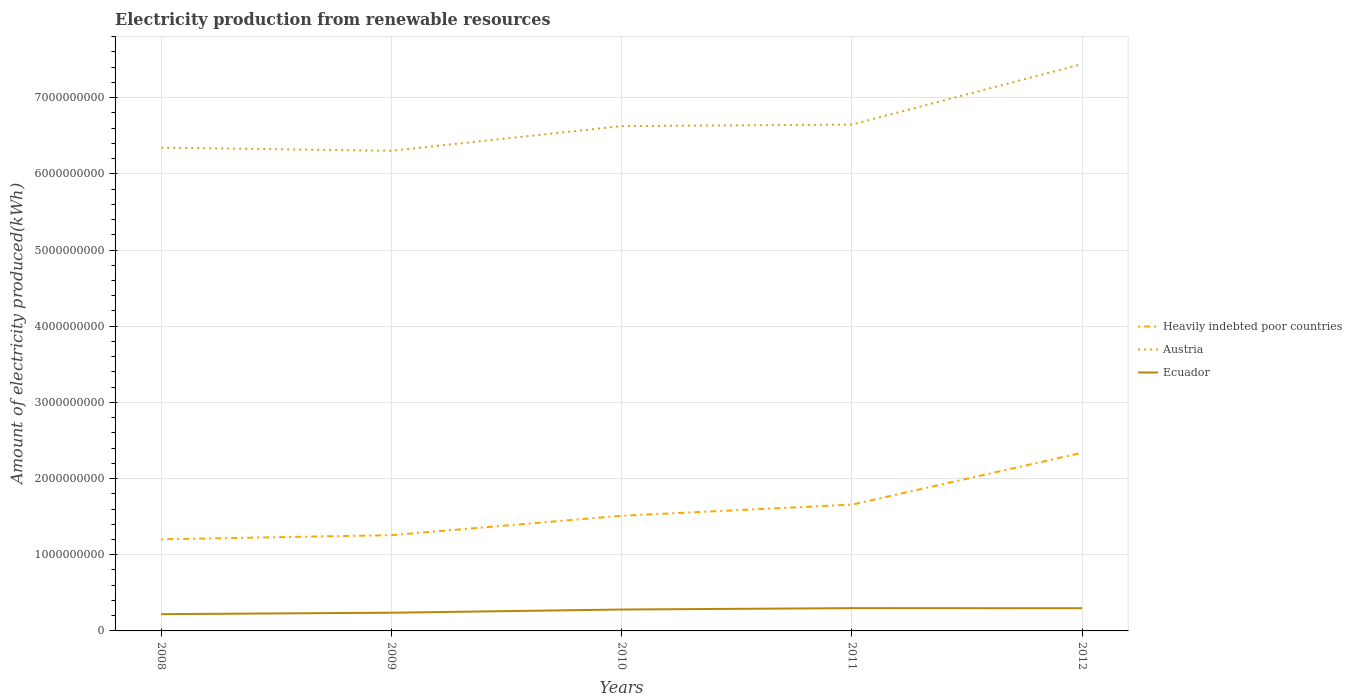
| Years | Heavily indebted poor countries | Austria | Ecuador |
 | --- | --- | --- | --- |
 | 2008 | 1.2e+09 | 6.34e+09 | 2.2e+08 |
 | 2009 | 1.26e+09 | 6.3e+09 | 2.39e+08 |
 | 2010 | 1.51e+09 | 6.63e+09 | 2.81e+08 |
 | 2011 | 1.66e+09 | 6.65e+09 | 2.99e+08 |
 | 2012 | 2.34e+09 | 7.44e+09 | 2.98e+08 |